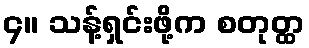
၄။ သန့်ရှင်းဖို့က စတုတ္ထ